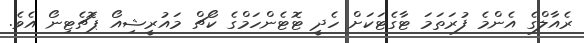
ރެއާލްގެ އެންމެ ފުރަތަމަ ޓާގެޓަކަށް ހެދީ ޓޮޓެންހަމްގެ ކޯޗް މައުރީޝިއޯ ޕޮޗެޓިނޯ އެވެ.